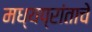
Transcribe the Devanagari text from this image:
मध्यप्रांताचे